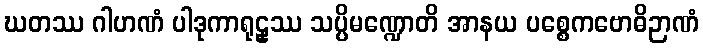
ဃတဿ ဂါဟဏံ ပါဒုကာရုဠှဿ သပ္ပိမဏ္ဍောတိ အာနယ ပစ္စေကဗောဓိဉာဏံ